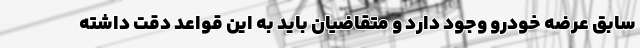
سابق عرضه خودرو وجود دارد و متقاضیان باید به این قواعد دقت داشته